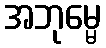
အဘုမ္မေ